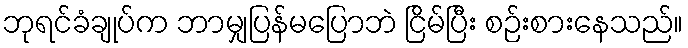
ဘုရင်ခံချုပ်က ဘာမျှပြန်မပြောဘဲ ငြိမ်ပြီး စဉ်းစားနေသည်။